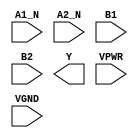
/**
 * Copyright 2020 The SkyWater PDK Authors
 *
 * Licensed under the Apache License, Version 2.0 (the "License");
 * you may not use this file except in compliance with the License.
 * You may obtain a copy of the License at
 *
 *     https://www.apache.org/licenses/LICENSE-2.0
 *
 * Unless required by applicable law or agreed to in writing, software
 * distributed under the License is distributed on an "AS IS" BASIS,
 * WITHOUT WARRANTIES OR CONDITIONS OF ANY KIND, either express or implied.
 * See the License for the specific language governing permissions and
 * limitations under the License.
 *
 * SPDX-License-Identifier: Apache-2.0
 */

`ifndef SKY130_FD_SC_HS__A2BB2OI_PP_SYMBOL_V
`define SKY130_FD_SC_HS__A2BB2OI_PP_SYMBOL_V

/**
 * a2bb2oi: 2-input AND, both inputs inverted, into first input, and
 *          2-input AND into 2nd input of 2-input NOR.
 *
 *          Y = !((!A1 & !A2) | (B1 & B2))
 *
 * Verilog stub (with power pins) for graphical symbol definition
 * generation.
 *
 * WARNING: This file is autogenerated, do not modify directly!
 */

`timescale 1ns / 1ps
`default_nettype none

(* blackbox *)
module sky130_fd_sc_hs__a2bb2oi (
    //# {{data|Data Signals}}
    input  A1_N,
    input  A2_N,
    input  B1  ,
    input  B2  ,
    output Y   ,

    //# {{power|Power}}
    input  VPWR,
    input  VGND
);
endmodule

`default_nettype wire
`endif  // SKY130_FD_SC_HS__A2BB2OI_PP_SYMBOL_V